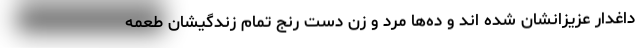
داغدار عزیزانشان شده اند و ده‌ها مرد و زن دست رنج تمام زندگیشان طعمه